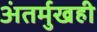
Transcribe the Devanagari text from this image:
अंतर्मुखही